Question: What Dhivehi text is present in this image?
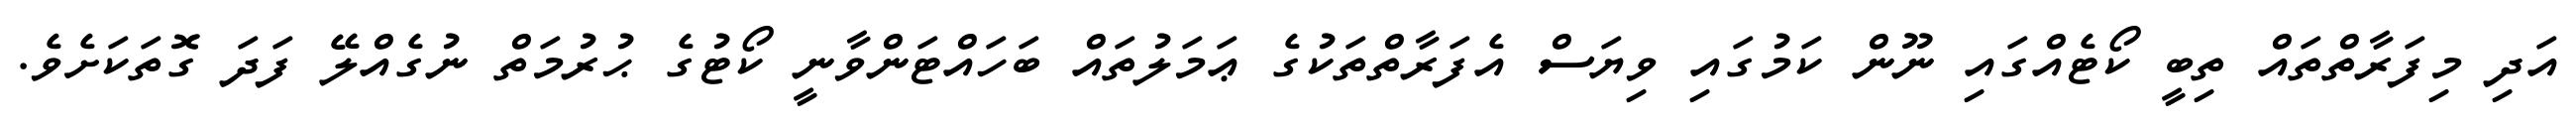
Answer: އަދި މިފަރާތްތައް ތިބީ ކޯޓެއްގައި ނޫން ކަމުގައި ވިޔަސް އެފަރާތްތަކުގެ ޢަމަލުތައް ބަހައްޓަންވާނީ ކޯޓުގެ ޙުރުމަތް ނުގެއްލޭ ފަދަ ގޮތަކަށެވެ.